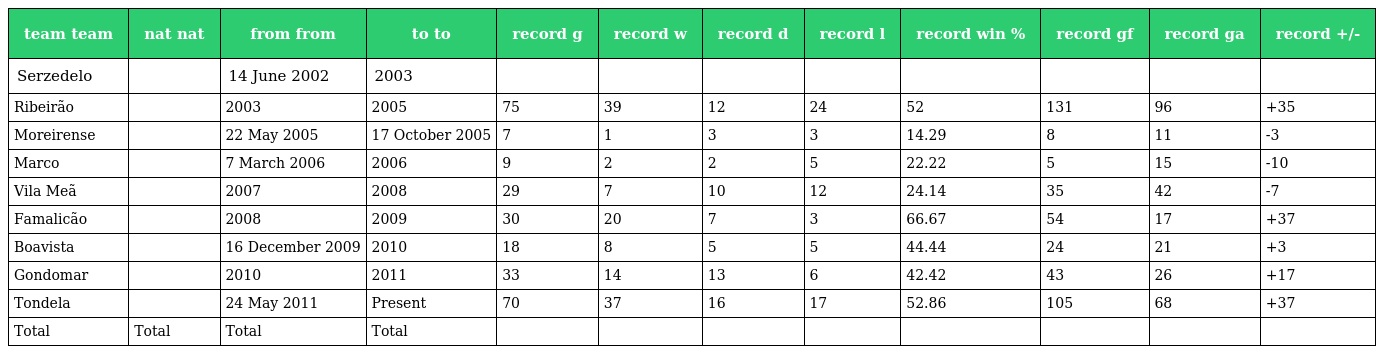
| team team | nat nat | from from | to to | record g | record w | record d | record l | record win % | record gf | record ga | record +/- |
 | --- | --- | --- | --- | --- | --- | --- | --- | --- | --- | --- | --- |
 | Serzedelo |  | 14 June 2002 | 2003 |  |  |  |  |  |  |  |  |
 | Ribeirão |  | 2003 | 2005 | 75 | 39 | 12 | 24 | 52 | 131 | 96 | +35 |
 | Moreirense |  | 22 May 2005 | 17 October 2005 | 7 | 1 | 3 | 3 | 14.29 | 8 | 11 | -3 |
 | Marco |  | 7 March 2006 | 2006 | 9 | 2 | 2 | 5 | 22.22 | 5 | 15 | -10 |
 | Vila Meã |  | 2007 | 2008 | 29 | 7 | 10 | 12 | 24.14 | 35 | 42 | -7 |
 | Famalicão |  | 2008 | 2009 | 30 | 20 | 7 | 3 | 66.67 | 54 | 17 | +37 |
 | Boavista |  | 16 December 2009 | 2010 | 18 | 8 | 5 | 5 | 44.44 | 24 | 21 | +3 |
 | Gondomar |  | 2010 | 2011 | 33 | 14 | 13 | 6 | 42.42 | 43 | 26 | +17 |
 | Tondela |  | 24 May 2011 | Present | 70 | 37 | 16 | 17 | 52.86 | 105 | 68 | +37 |
 | Total | Total | Total | Total |  |  |  |  |  |  |  |  |